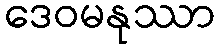
ဒေဝမနုဿာ